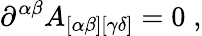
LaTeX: \partial^{\alpha\beta}A_{[\alpha\beta][\gamma\delta]}=0\; ,